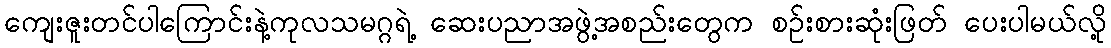
ကျေးဇူးတင်ပါကြောင်းနဲ့ကုလသမဂ္ဂရဲ့ ဆေးပညာအဖွဲ့အစည်းတွေက စဉ်းစားဆုံးဖြတ် ပေးပါမယ်လို့